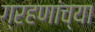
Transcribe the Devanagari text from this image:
ग्रहणांच्या